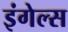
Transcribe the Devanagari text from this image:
इंगेल्स